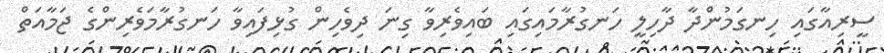
ސީރިއާގައި ހިނގަމުންދާ ދާހިލީ ހަނގުރާމައިގައި ބައިވެރިވާ ގިނަ ދިވެހިން ގުޅިފައިވާ ހަނގުރާމަވެރިންގެ ޖަމާއަތް